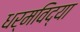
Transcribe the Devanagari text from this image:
धर्मविद्या